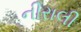
નીરાલી